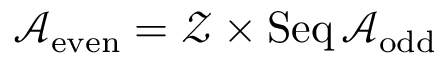
{ \mathcal { A } } _ { \mathrm { e v e n } } = { \mathcal { Z } } \times \operatorname { S e q } { \mathcal { A } } _ { \mathrm { o d d } }